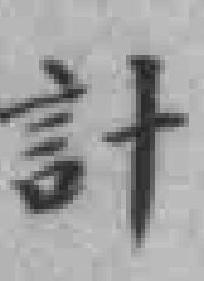
計